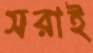
সরাই